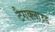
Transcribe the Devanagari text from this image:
टैगक्लाउड